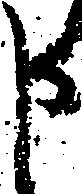
申